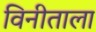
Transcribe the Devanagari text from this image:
विनीताला